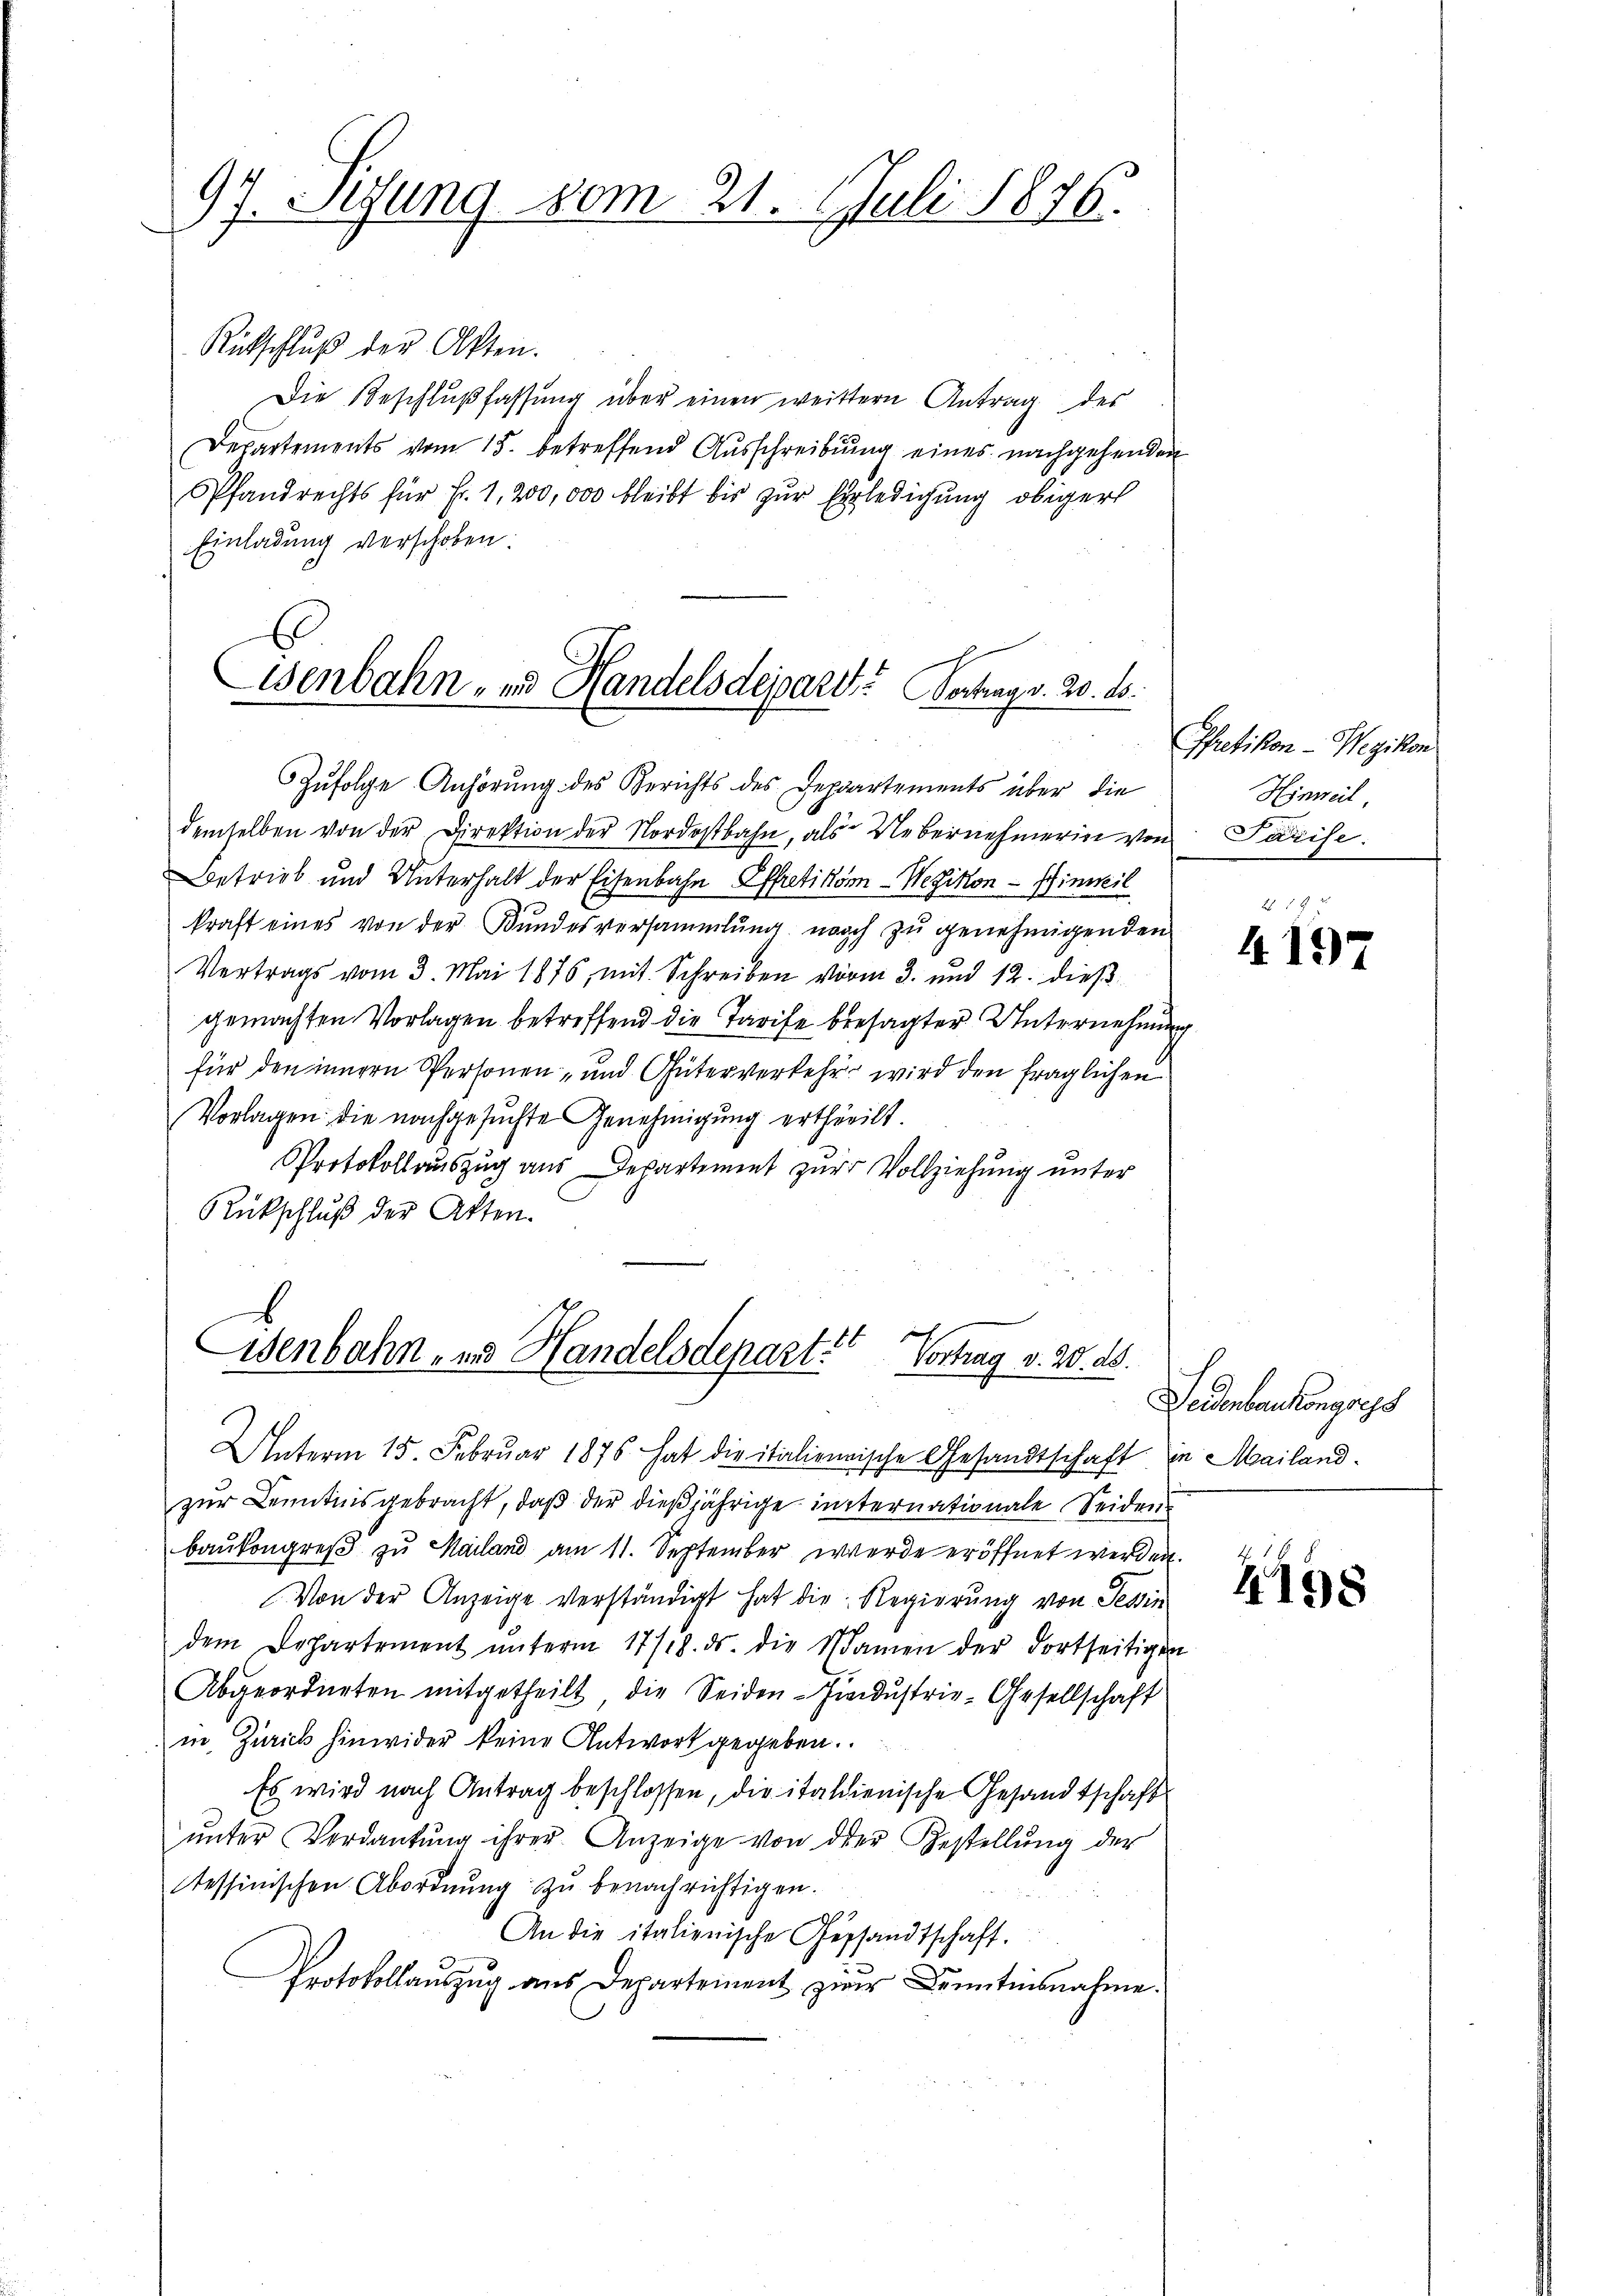
97. Segung vom 21. Juli 1876.

Rückschlŭβ der Akten.
Die Beschlŭβ fassŭng über einen weittern Antrag des
Departements vom 15. betreffend Ausschreibung eines nachgehenden
Pfandrechts für Fr. 1,200,000 bleibt bis zŭr Erledigung obiger
Einladung verschoben.

Wenbahn- und Handelsdepart? Vertrag v. 20. ds.

Zufolge Anhörung des Berichts des Departements über die
demselben von der Direktion der Nordostbahn, als Uebernehmerin von Parise.
Betrieb und Unterhalt der Eisenbahn Effetikon-Wezikon - Hinweil
kraft eines von der Bundesversammlung noch zu genehmigenden
Vertrags vom 3. Mai 1876, mit Schreiben vorm 3. und 12. dieß
gemachten Vorlagen betreffend die Tarife besagter Unternehmung
für den innern Personen- und Güterverkehr wird den fraglichen
Vorlagen die nachgesuchte Genehmigung ertheilt.
Protokollauszug aus Departement zur Vollziehung unter
Rückschluß der Akten.

Eisenbahn- und Handelsdepart? Vortrag v. 20. ds.

Unterm 15. Februar 1875 hat die italienische Gesandtschaft in Mailandzur Kenntnisgebracht, daß der dießjährige internationale Seidenbaukongreß zu Mailand am 11. September werde eröffnet werden.
Von der Anzeige verständigt hat die Regierung von Sein
dem Departement ŭnterm 17/18. ds. die Namen der dortseitigen
Abgeordneten mitgetheilt, die Seiden-Zindustrie-Gesellschaft
in Zürich hinwider keine Antwort gegeben.
Es wird nach Antrag beschlossen, die italienische Gesandtschafts
ŭnter Verdankŭng ihrer Anzeige von der Gestellŭng der
tessinischen Abordnŭng zu benachrichtigen.
02
An die italienische Gesandtschaft.
Protokollauszug aus Departement zur Kenntnisnahme.

Pfretikon - Wezikon
Hinweil

4197

Gedenbaukongress

4198